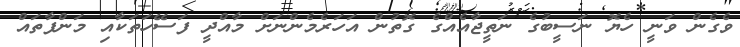
ވެގެން ވަނީ ހެޔޮ ނަސީބުގެ ނަތީޖާއެއްގެ ގޮތުން އަހަރެމެންނަށް މާއްދީ ފަސޭހަތަކާއި މަންފާތައް